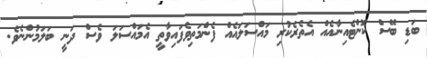
ބަޑި ބޭސް ކޮންޓެއިނާއެއް އެތެރެކުރި މައްސަލައެއް ފެންމަތިވެފައިވާތީ އެމައްސަލަ ވެސް ދަނީ ބަލަމުންނެވެ.